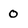
Character: 0